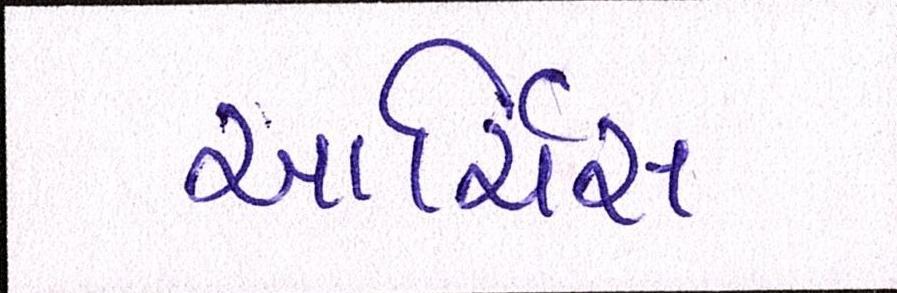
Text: આર્ચિસ